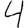
Digit: 4